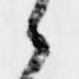
候